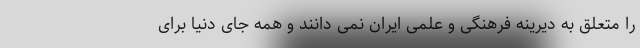
را متعلق به دیرینه فرهنگی و علمی ایران نمی دانند و همه جای دنیا برای